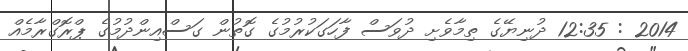
2014 : 12:35 ދުނިޔޭގެ ތިމާވެށި ދުވަސް ފާހަގަކުރުމުގެ ގޮތުން ގަސްއިންދުމުގެ ޕްރޮގްރާމެއް